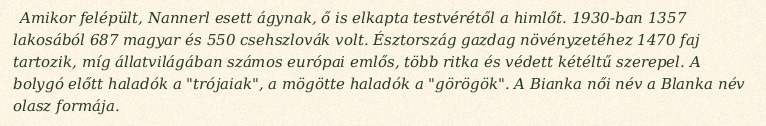
Amikor felépült, Nannerl esett ágynak, ő is elkapta testvérétől a himlőt. 1930-ban 1357 lakosából 687 magyar és 550 csehszlovák volt. Észtország gazdag növényzetéhez 1470 faj tartozik, míg állatvilágában számos európai emlős, több ritka és védett kétéltű szerepel. A bolygó előtt haladók a "trójaiak", a mögötte haladók a "görögök". A Bianka női név a Blanka név olasz formája.